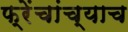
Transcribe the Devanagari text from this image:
फ्रेंचांच्याच